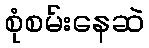
စုံစမ်းနေဆဲ